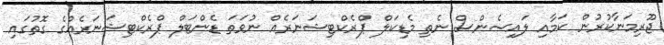
ޖޫރިމަނާކުރުން ކަމާއި ލައިސެންސް ނެތި މެޑިކަލް ޕްރެކްޓިޝަނަރެއް ނުވަތަ ޑެންޓަލް ޕްރެކްޓިޝަނަރެއްގެ ގޮތުގައި